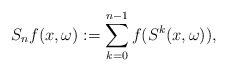
\begin{align*}S_nf (x, \omega) := \sum_{k=0}^{n-1}f( S^k(x, \omega)),\end{align*}